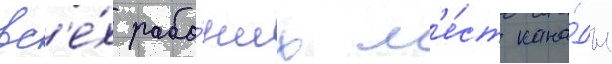
вс'е́х рабо́чих м'е́ст кана́ды